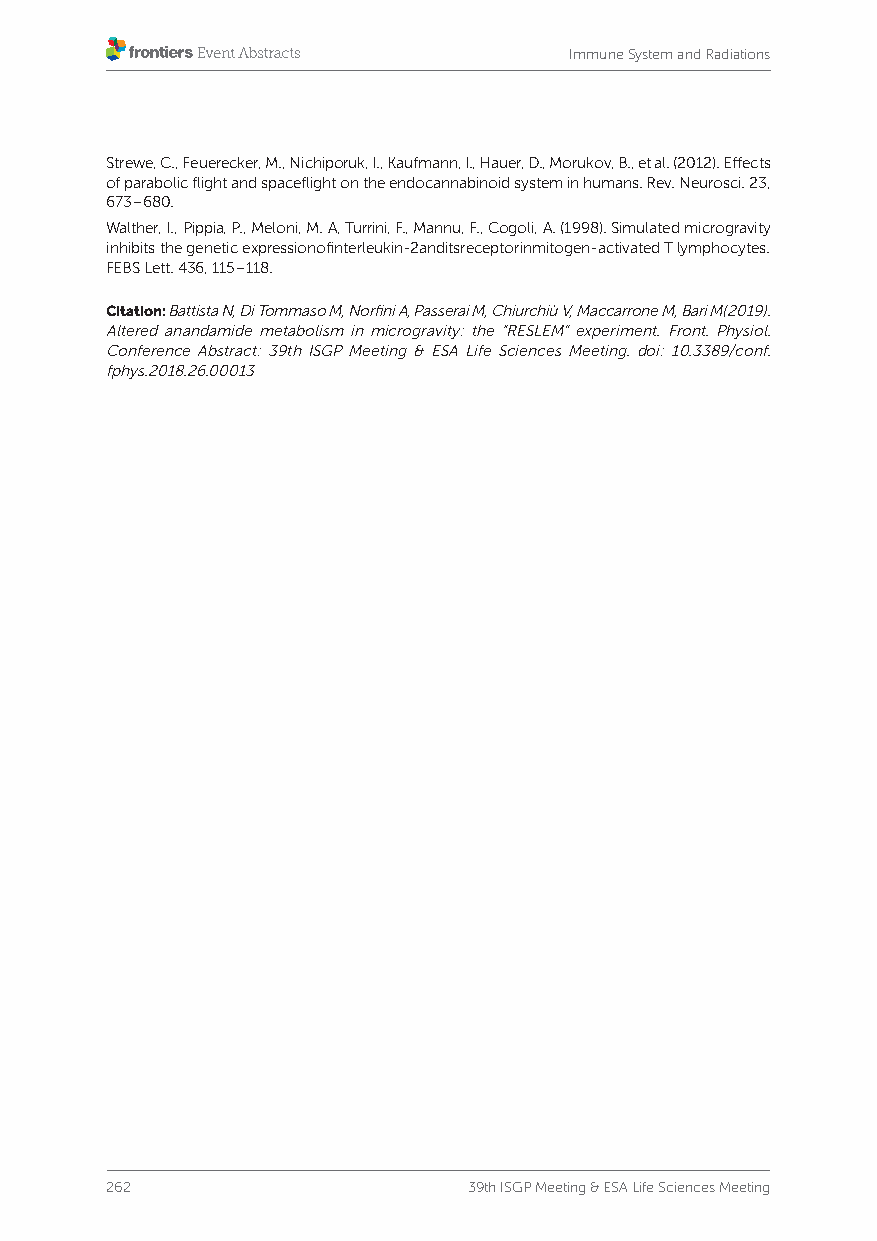
Immune System and Radiations
 Strewe, C., Feuerecker, M., Nichiporuk, I., Kaufmann, I., Hauer, D., Morukov, B., et al. (2012). Effects
 of parabolic flight and spaceflight on the endocannabinoid system in humans. Rev. Neurosci. 23,
 673–680.
 Walther, I., Pippia, P., Meloni, M. A, Turrini, F., Mannu, F., Cogoli, A. (1998). Simulated microgravity
 inhibits the genetic expressionofinterleukin-2anditsreceptorinmitogen-activated T lymphocytes.
 FEBS Lett. 436, 115–118.
 Citation: Battista N, Di Tommaso M, Norfini A, Passerai M, Chiurchiù V, Maccarrone M, Bari M(2019).
 Altered anandamide metabolism in microgravity: the “RESLEM” experiment. Front. Physiol.
 Conference Abstract: 39th ISGP Meeting & ESA Life Sciences Meeting. doi: 10.3389/conf.
 fphys.2018.26.00013
 262                     39th ISGP Meeting & ESA Life Sciences Meeting